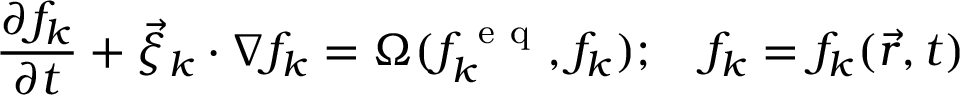
\frac { \partial f _ { k } } { \partial t } + \vec { \xi } _ { k } \cdot \nabla f _ { k } = \Omega ( f _ { k } ^ { \mathrm { ~ e ~ q ~ } } , f _ { k } ) ; \quad f _ { k } = f _ { k } ( \vec { r } , t )